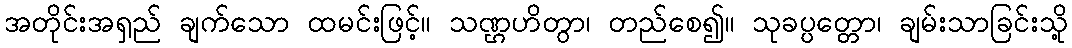
အတိုင်းအရှည် ချက်သော ထမင်းဖြင့်။ သဏ္ဌဟိတွာ၊ တည်စေ၍။ သုခပ္ပတ္တော၊ ချမ်းသာခြင်းသို့